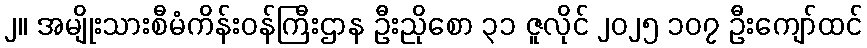
၂။ အမျိုးသားစီမံကိန်းဝန်ကြီးဌာန ဦးညိုစော ၃၁ ဇူလိုင် ၂၀၂၅ ၁၀၇ ဦးကျော်ထင်